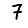
Digit: 7